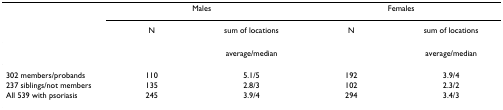
|  | <COLSPAN=2> Males | <COLSPAN=2> Females |
 |  | N | sum of locations | N | sum of locations |
 | --- | --- | --- | --- | --- |
 |  |  | average/median |  | average/median |
 | 302 members/probands | 110 | 5.1/5 | 192 | 3.9/4 |
 | 237 siblings/not members | 135 | 2.8/3 | 102 | 2.3/2 |
 | All 539 with psoriasis | 245 | 3.9/4 | 294 | 3.4/3 |